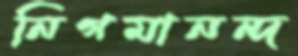
নিগমানন্দ